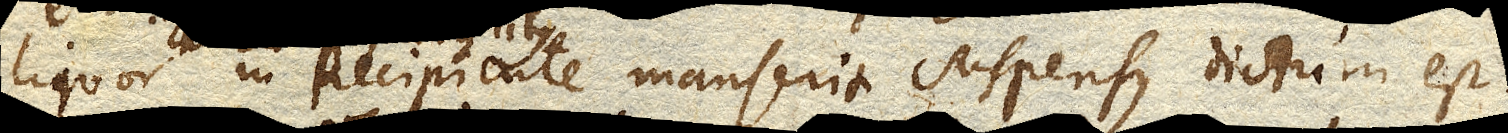
liquor in Recipiente manserit suspensus dictum est.